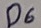
Text: D6